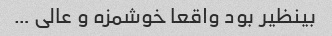
بینظیر بود واقعا خوشمزه و عالی …